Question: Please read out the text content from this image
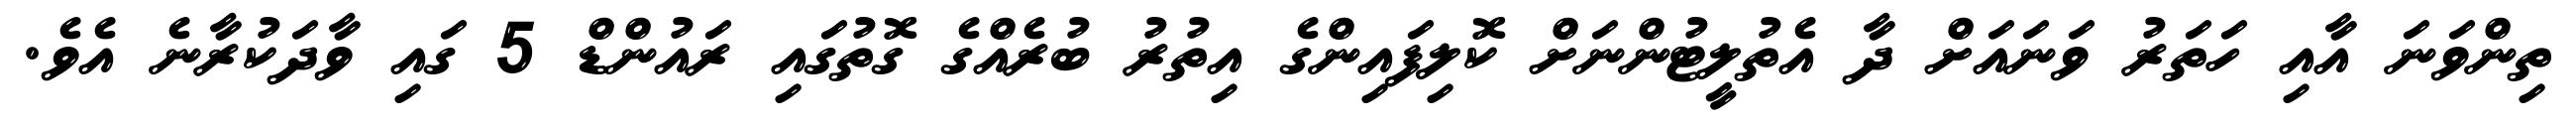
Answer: ތިންވަނަ އާއި ހަތަރު ވަނައަށް ދާ އެތުލީޓުންނަށް ކޮލިފައިންގެ އިތުރު ބުރެއްގެ ގޮތުގައި ރައުންޑް 5 ގައި ވާދަކުރާނެ އެވެ.